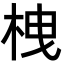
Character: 栧